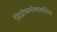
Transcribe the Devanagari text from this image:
सिप्रोफ्लोक्सासिन